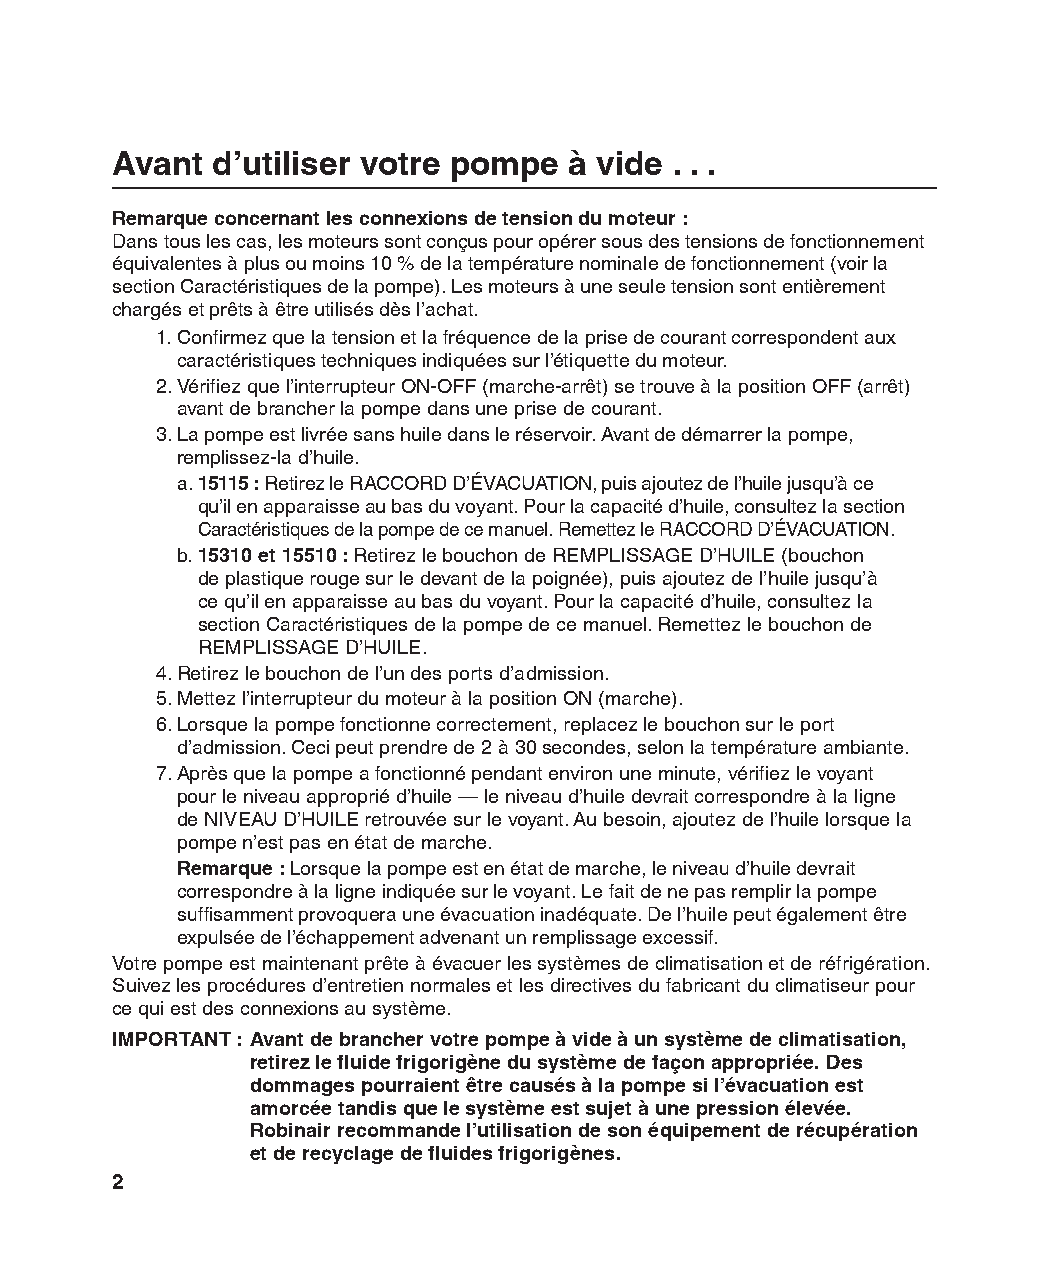
Avant  d’utiliser votre pompe  à vide . . .
 Remarque concernant les connexions de tension du moteur :
 Dans tous les cas, les moteurs sont conçus pour opérer sous des tensions de fonctionnement
 équivalentes à plus ou moins 10 % de la température nominale de fonctionnement (voir la
 section Caractéristiques de la pompe). Les moteurs à une seule tension sont entièrement
 chargés et prêts à être utilisés dès l’achat.
 1. Confirmez que la tension et la fréquence de la prise de courant correspondent aux
 caractéristiques techniques indiquées sur l’étiquette du moteur.
 2. Vérifiez que l’interrupteur ON-OFF (marche-arrêt) se trouve à la position OFF (arrêt)
 avant de brancher la pompe dans une prise de courant.
 3. La pompe est livrée sans huile dans le réservoir. Avant de démarrer la pompe,
 remplissez-la d’huile.
 a. 15115 : Retirez le RACCORD D’ÉVACUATION, puis ajoutez de l’huile jusqu’à ce
 qu’il en apparaisse au bas du voyant. Pour la capacité d’huile, consultez la section
 Caractéristiques de la pompe de ce manuel. Remettez le RACCORD D’ÉVACUATION.
 b. 15310 et 15510 : Retirez le bouchon de REMPLISSAGE D’HUILE (bouchon
 de plastique rouge sur le devant de la poignée), puis ajoutez de l’huile jusqu’à
 ce qu’il en apparaisse au bas du voyant. Pour la capacité d’huile, consultez la
 section Caractéristiques de la pompe de ce manuel. Remettez le bouchon de
 REMPLISSAGE D’HUILE.
 4. Retirez le bouchon de l’un des ports d’admission.
 5. Mettez l’interrupteur du moteur à la position ON (marche).
 6. Lorsque la pompe fonctionne correctement, replacez le bouchon sur le port
 d’admission. Ceci peut prendre de 2 à 30 secondes, selon la température ambiante.
 7. Après que la pompe a fonctionné pendant environ une minute, vérifiez le voyant
 pour le niveau approprié d’huile — le niveau d’huile devrait correspondre à la ligne
 de NIVEAU D’HUILE retrouvée sur le voyant. Au besoin, ajoutez de l’huile lorsque la
 pompe n’est pas en état de marche.
 Remarque : Lorsque la pompe est en état de marche, le niveau d’huile devrait
 correspondre à la ligne indiquée sur le voyant. Le fait de ne pas remplir la pompe
 suffisamment provoquera une évacuation inadéquate. De l’huile peut également être
 expulsée de l’échappement advenant un remplissage excessif.
 Votre pompe est maintenant prête à évacuer les systèmes de climatisation et de réfrigération.
 Suivez les procédures d’entretien normales et les directives du fabricant du climatiseur pour
 ce qui est des connexions au système.
 IMPORTANT : Avant de brancher votre pompe à vide à un système de climatisation,
 retirez le fluide frigorigène du système de façon appropriée. Des
 dommages pourraient être causés à la pompe si l’évacuation est
 amorcée tandis que le système est sujet à une pression élevée.
 Robinair recommande l’utilisation de son équipement de récupération
 et de recyclage de fluides frigorigènes.
 2